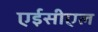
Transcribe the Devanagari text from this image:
एईसीएल